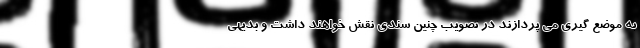
به موضع گیری می پردازند در تصویب چنین سندی نقش خواهند داشت و بدیهی